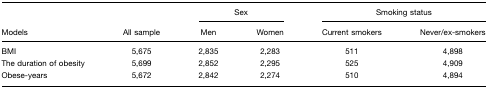
<table><thead><tr><td></td><td></td><td colspan="2"><b>Sex</b></td><td colspan="2"><b>Smoking status</b></td></tr><tr><td><b>Models</b></td><td><b>All sample</b></td><td><b>Men</b></td><td><b>Women</b></td><td><b>Current smokers</b></td><td><b>Never/ex-smokers</b></td></tr></thead><tbody><tr><td>BMI</td><td>5,675</td><td>2,835</td><td>2,283</td><td>511</td><td>4,898</td></tr><tr><td>The duration of obesity</td><td>5,699</td><td>2,852</td><td>2,295</td><td>525</td><td>4,909</td></tr><tr><td>Obese-years</td><td>5,672</td><td>2,842</td><td>2,274</td><td>510</td><td>4,894</td></tr></tbody></table>